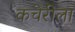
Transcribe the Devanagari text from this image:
कचेरीला